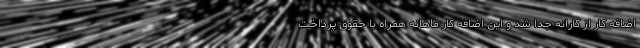
اضافه کار از کارانه جدا شد و این اضافه کار ماهانه همراه با حقوق پرداخت